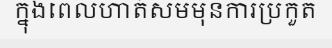
ក្នុងពេលហាត់សមមុនការប្រកួត